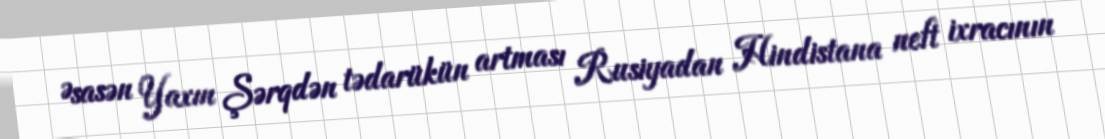
Əsasən Yaxın Şərqdən tədarükün artması Rusiyadan Hindistana neft ixracının